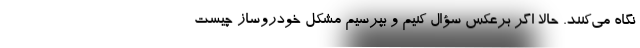
نگاه می‌کنند. حالا اگر برعکس سؤال کنیم و بپرسیم مشکل خودروساز چیست